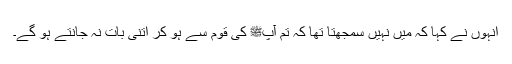
انہوں نے کہا کہ میں نہیں سمجھتا تھا کہ تم آپﷺ کی قوم سے ہو کر اتنی بات نہ جانتے ہو گے۔